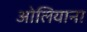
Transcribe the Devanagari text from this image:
ओलियाना